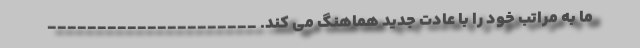
ما به مراتب خود را با عادت جدید هماهنگ می کند. _____________________